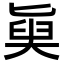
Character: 𡙊